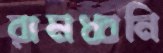
রামধ্বনি